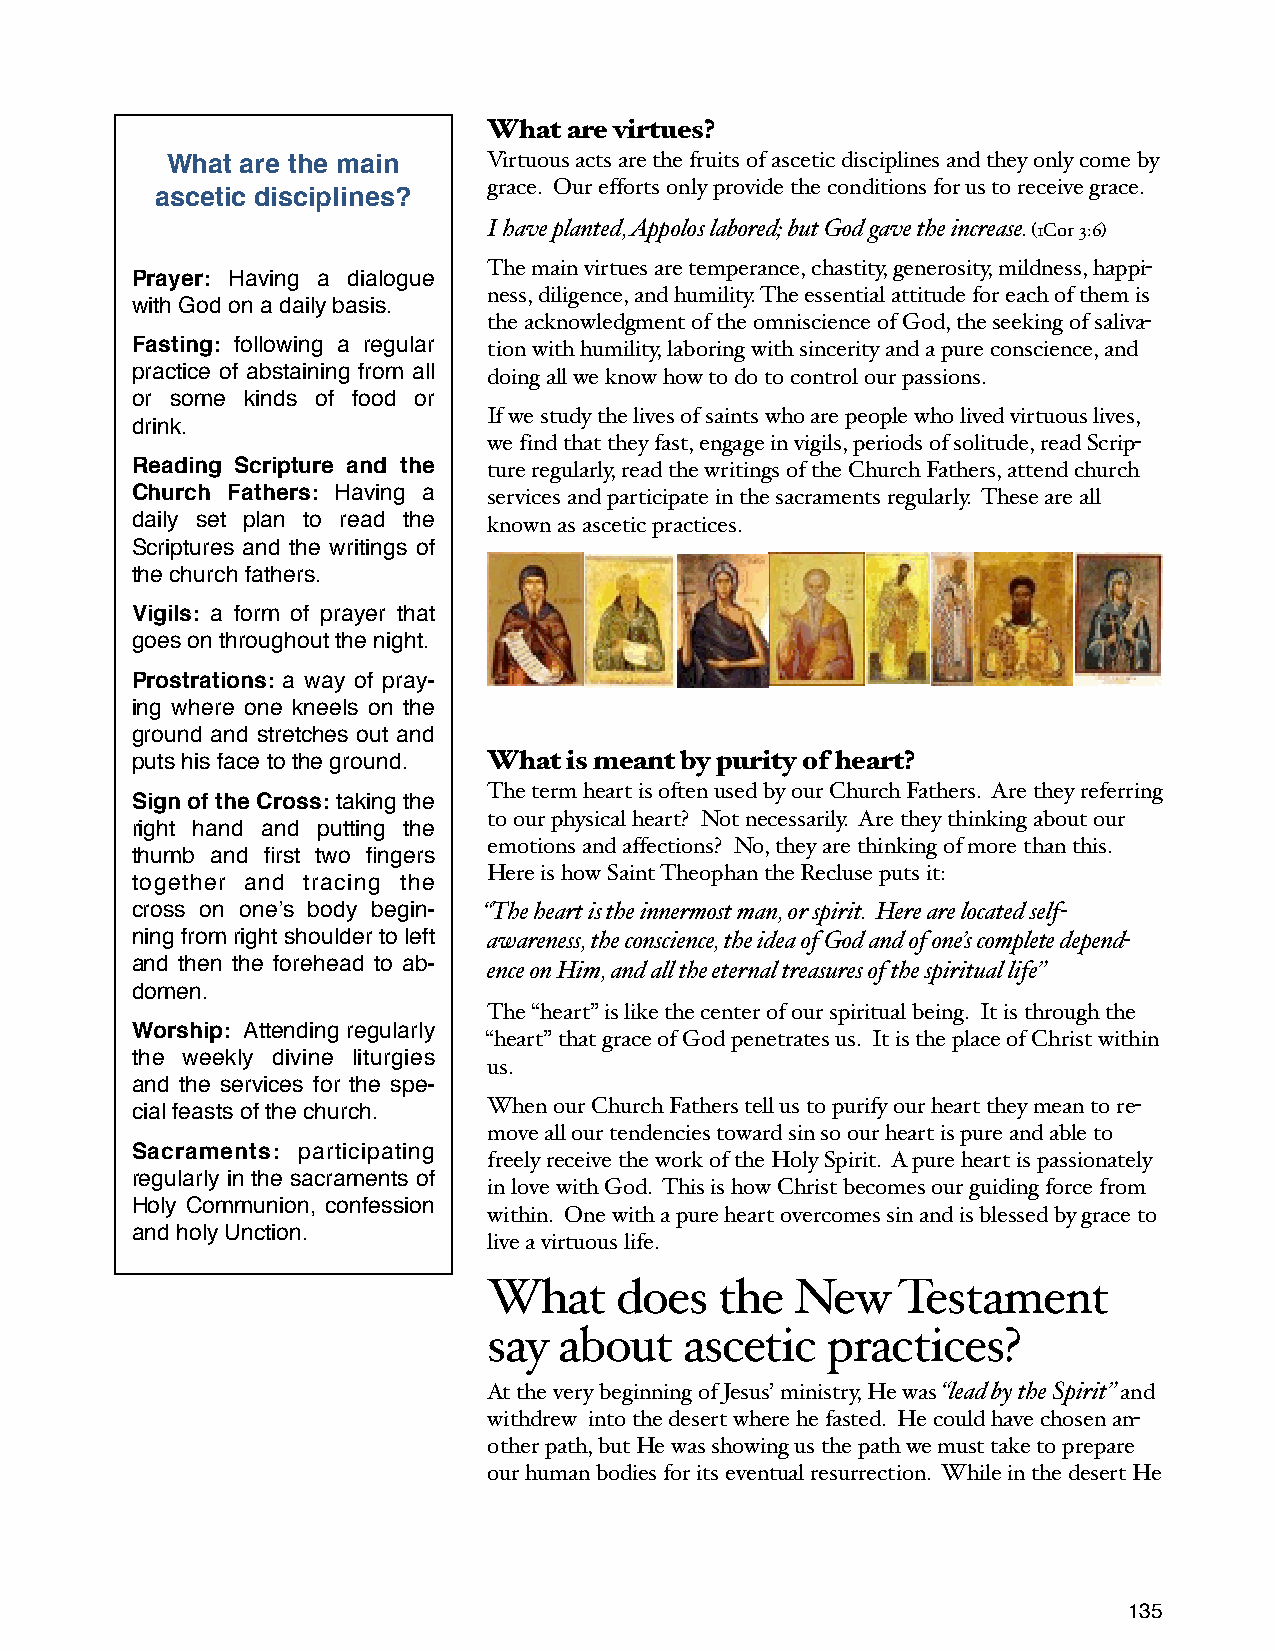
What  are virtues?
 What are the main    Virtuous acts are the fruits of ascetic disciplines and they only come by
 grace. Our efforts only provide the conditions for us to receive grace.
 ascetic disciplines?
 I have planted, Appolos labored; but God gave the increase. (1Cor 3:6)
 The main virtues are temperance, chastity, generosity, mildness, happi-
 Prayer: Having a dialogue
 ness, diligence, and humility. The essential attitude for each of them is
 with God on a daily basis.
 the acknowledgment of the omniscience of God, the seeking of saliva-
 Fasting: following a regular tion with humility, laboring with sincerity and a pure conscience, and
 practice of abstaining from all doing all we know how to do to control our passions.
 or some kinds of food or
 If we study the lives of saints who are people who lived virtuous lives,
 drink.
 we find that they fast, engage in vigils, periods of solitude, read Scrip-
 Reading Scripture and the ture regularly, read the writings of the Church Fathers, attend church
 Church Fathers: Having a services and participate in the sacraments regularly. These are all
 daily set plan to read the known as ascetic practices.
 Scriptures and the writings of
 the church fathers.
 Vigils: a form of prayer that
 goes on throughout the night.
 Prostrations: a way of pray-
 ing where one kneels on the
 ground and stretches out and
 puts his face to the ground. What is meant by purity of heart?
 The term heart is often used by our Church Fathers. Are they referring
 Sign of the Cross: taking the
 to our physical heart? Not necessarily. Are they thinking about our
 right hand and putting the
 emotions and affections? No, they are thinking of more than this.
 thumb and first two fingers
 Here is how Saint Theophan the Recluse puts it:
 together and tracing the
 cross on oneʼs body begin- “The heart is the innermost man, or spirit. Here are located self-
 ning from right shoulder to left awareness, the conscience, the idea of God and of one’s complete depend-
 and then the forehead to ab- ence on Him, and all the eternal treasures of the spiritual life”
 domen.
 The “heart” is like the center of our spiritual being. It is through the
 Worship: Attending regularly
 “heart” that grace of God penetrates us. It is the place of Christ within
 the weekly divine liturgies
 us.
 and the services for the spe-
 cial feasts of the church. When our Church Fathers tell us to purify our heart they mean to re-
 move all our tendencies toward sin so our heart is pure and able to
 Sacraments: participating
 freely receive the work of the Holy Spirit. A pure heart is passionately
 regularly in the sacraments of
 in love with God. This is how Christ becomes our guiding force from
 Holy Communion, confession
 within. One with a pure heart overcomes sin and is blessed by grace to
 and holy Unction.
 live a virtuous life.
 What     does   the  New   Testament
 say  about   ascetic   practices?
 At the very beginning of Jesus’ ministry, He was “lead by the Spirit” and
 withdrew into the desert where he fasted. He could have chosen an-
 other path, but He was showing us the path we must take to prepare
 our human bodies for its eventual resurrection. While in the desert He
 135